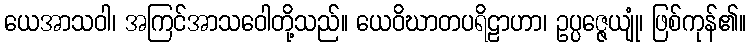
ယေအာသဝါ၊ အကြင်အာသဝေါတို့သည်။ ယေဝိဃာတပရိဠာဟာ၊ ဥပ္ပဇ္ဇေယျုံ၊ ဖြစ်ကုန်၏။